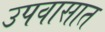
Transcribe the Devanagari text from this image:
उपवासात